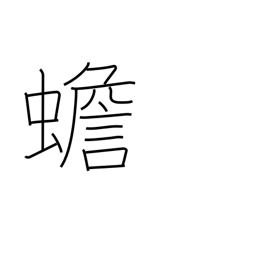
Meaning: toad